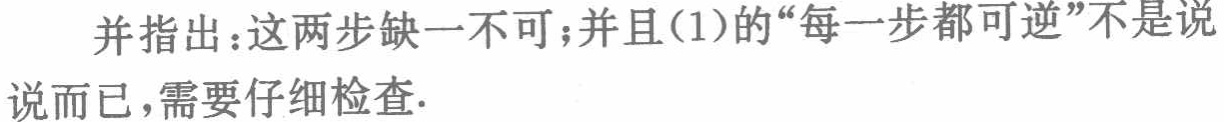
并指出：这两步缺一不可；并且(1)的“每一步都可逆”不是说说而已，需要仔细检查.